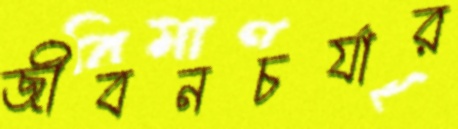
জীবনচর্যার